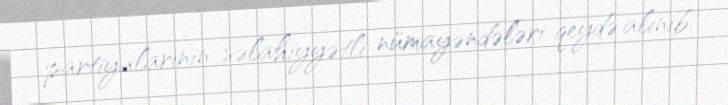
partiyalarının səlahiyyətli nümayəndələri qeydə alınıb.